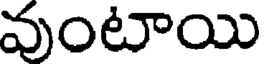
వుంటాయి